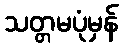
သတ္တမပုံမှန်